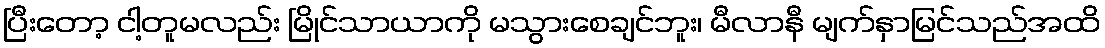
ပြီးတော့ ငါ့တူမလည်း မြိုင်သာယာကို မသွားစေချင်ဘူး၊ မီလာနီ မျက်နှာမြင်သည်အထိ